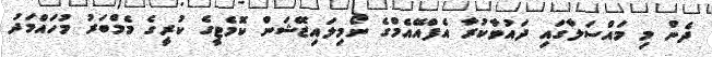
ދެން މި މައްސަލާގައި ދައުވާކުރާ އެފްއޭއެމްގެ ނޯމިލައިޒޭޝަން ކޮމެޓީގެ ކުރީގެ މެމްބަރު މުހައްމަދު